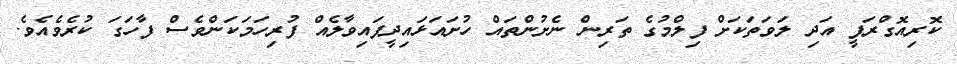
ކޮރިއޮގްރަފީ އަދި ލަވަތަކަށް ފިލްމުގެ ތަރިން ނެށުންތައް ހުށައަޅައިދީފައިވާލެއް ފުރިހަމަކަންވެސް ފާހަގަ ކުރެވެއެވެ.